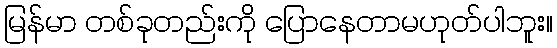
မြန်မာ တစ်ခုတည်းကို ပြောနေတာမဟုတ်ပါဘူး။